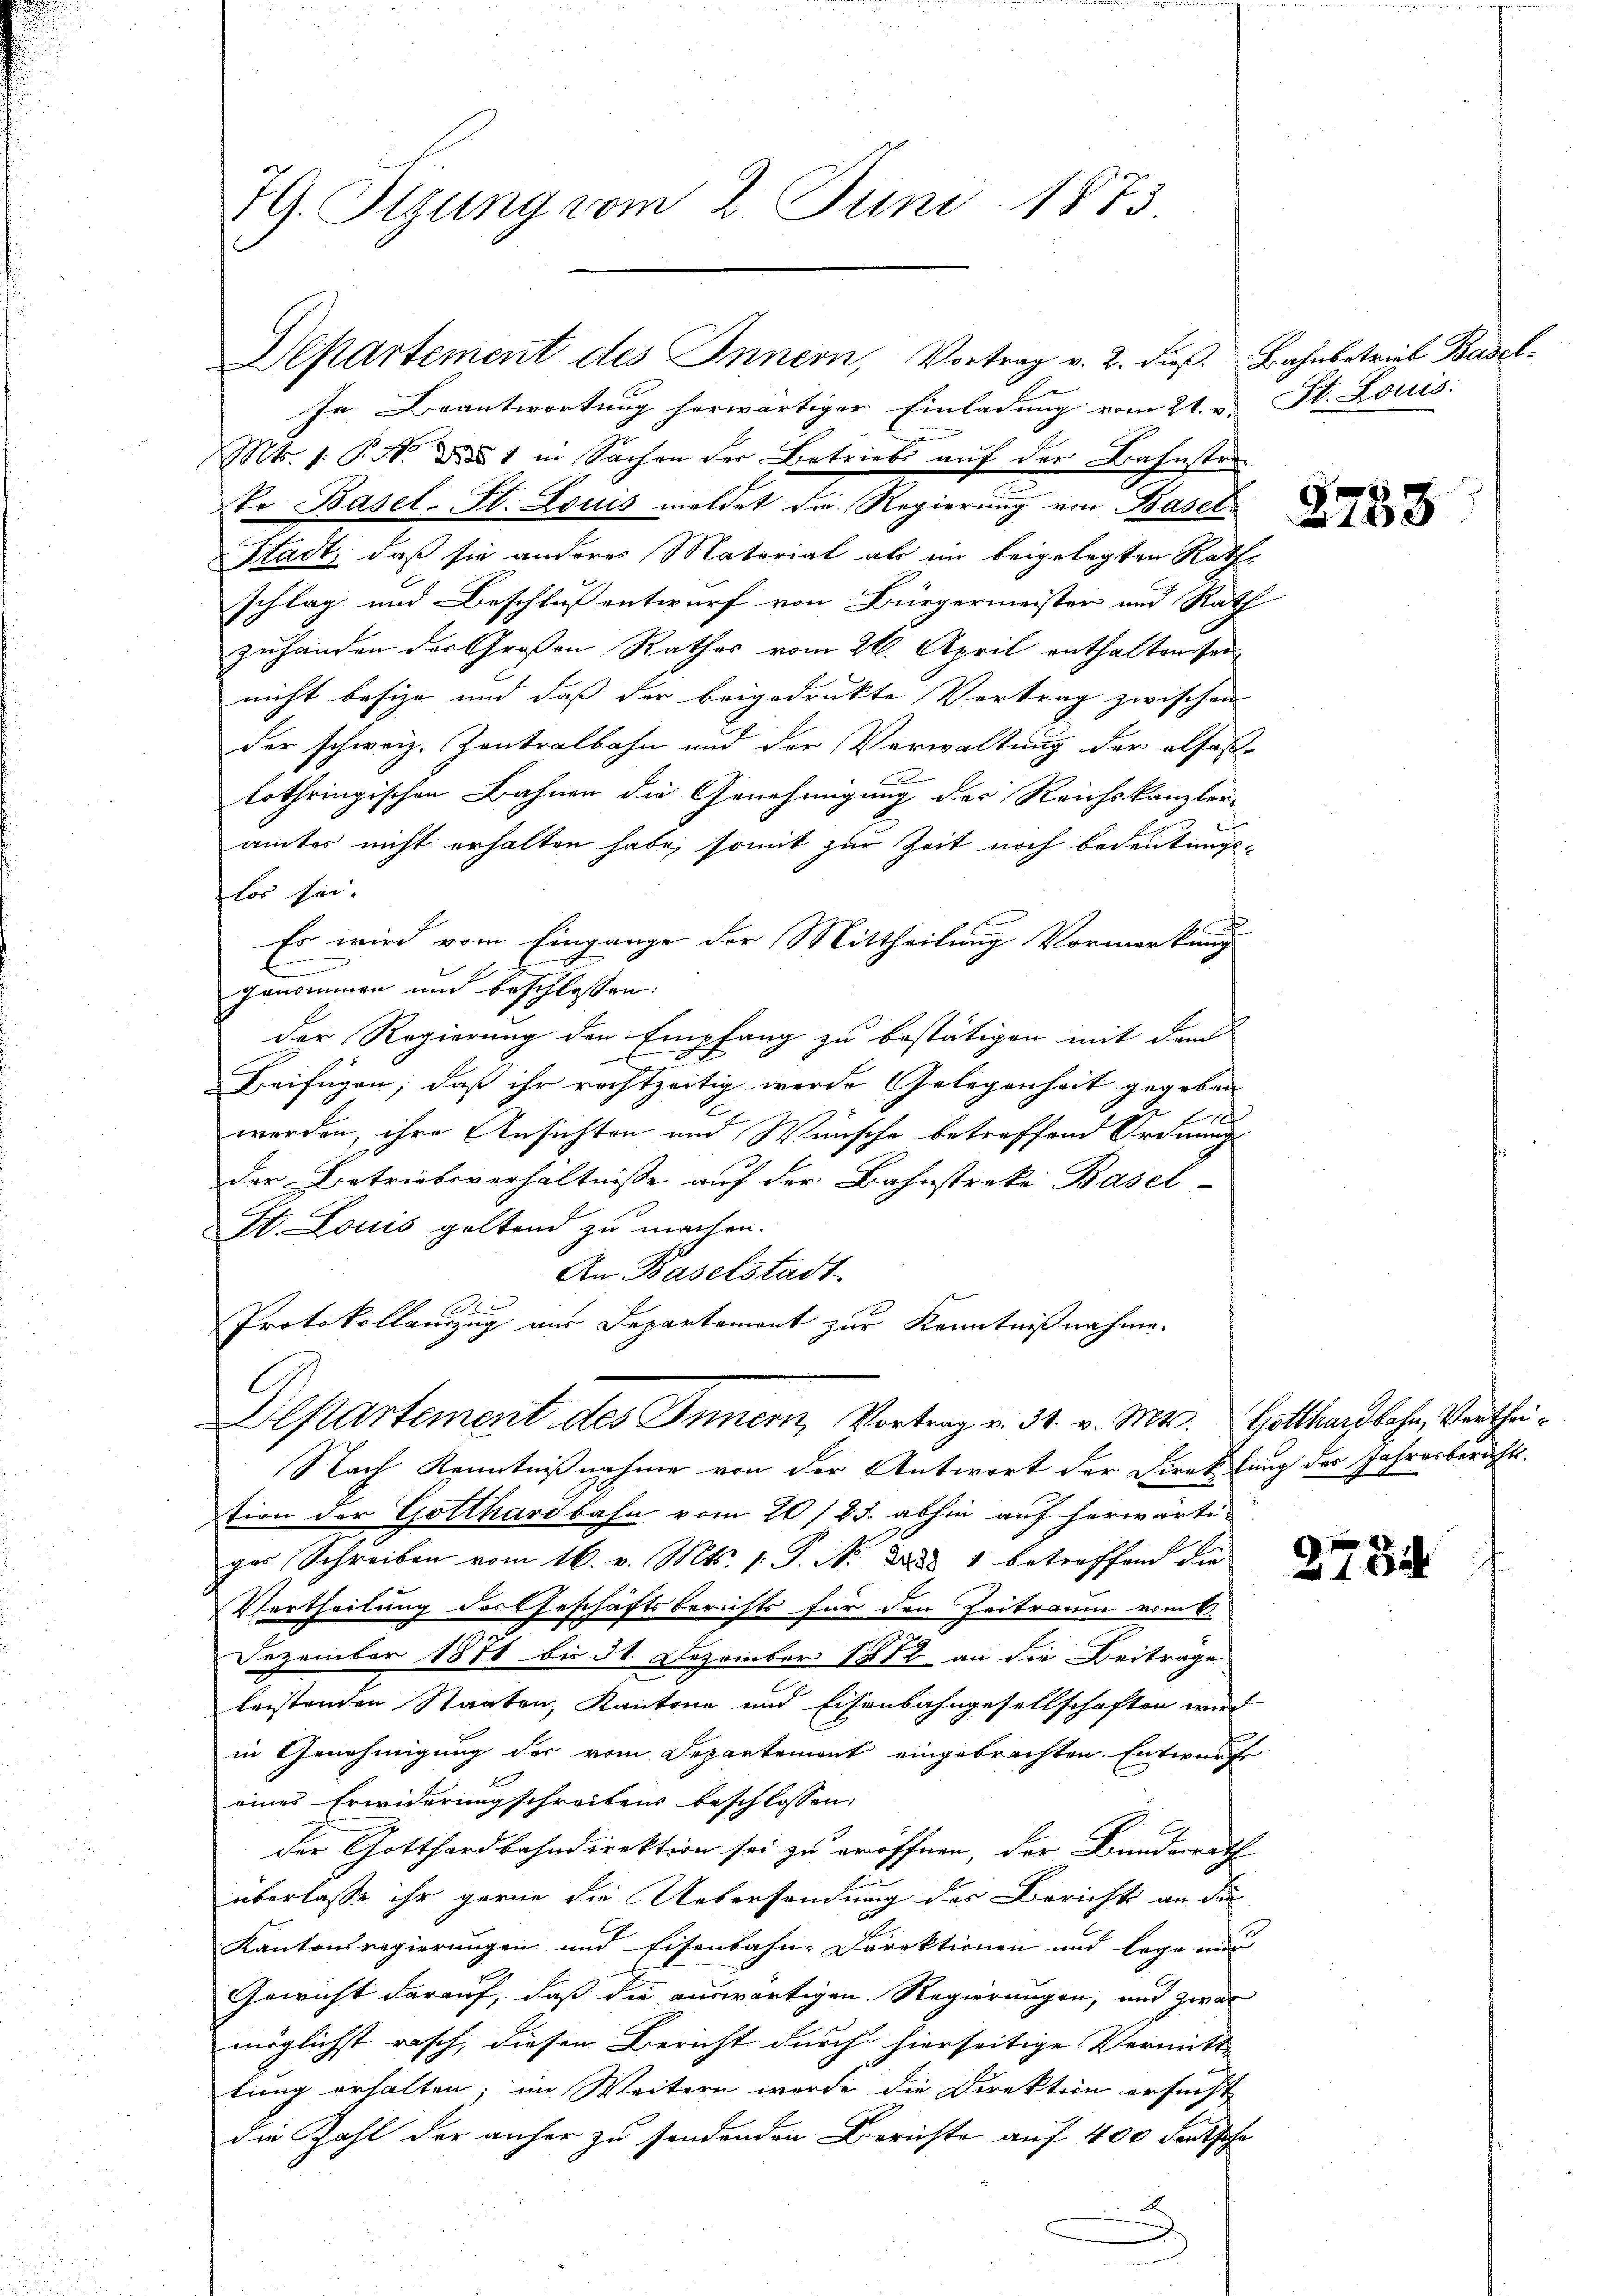
79. Sigung vom 2. Juni 1873.

Departement des Innern, Vortrag v. 2. dieβ Bahnbetrieb Basel¬
Jr. Beantwortung herwärtiger Einladung vom 21. v. St. Louis
Mts. 1. P. M. D. 1 in Sachen der Betriebs auf der Bahnstrako Basel-St. Louis meldet die Regierung von Basel
Stadt, daß sie anderes Material als ein beigelegten Rathe
schlag und Beschluß entwurf von Bürgermeister und Rath
zuhänden der Großen Rathes vom 26. April enthalten sei
nicht besize und daß der beigedrukte Vertrag zwischen
der schweiz. Zentralbahn und der Verwaltung der alfest-
lothringischen Bahnen die Genehmigung des Reichskanzler
ämter nicht erhalten habe, somit zur Zeit noch bedeutungslos sei.
Es wird vom Eingange der Mittheilung Vormerkung
.
genommen und beschlossen:
der Regierung der Empfang zu bestätigen mit dem
Beifügen, daß ihr rechtzeitig werde Gelegenheit gegeben
1
werden, ihre Ansichten und Wünsche betreffend Ordnung
der Betriebsverhältnisse auf der Bahnstreke Basel-
St. Louis geltend zu machen.
An Baselstadt.
Protokollanzug aus Departement zur Kenntnißnahme.
Departement des Innern, Vortrag v. 31. v. Mts. Gotthardbahn, Verthei¬
Nach Kenntnißnahme von der Antwort der Direktung des Jahresberichts.
tion der Gotthardbahn vom 20./23. abhin auf herwärti-
ges Schreiben vom 16. v. Mts. 1. P. Nr. Dad 1 betreffend die
Vertheilung des Geschäftsberichts für den Zeitraum vom 6.
Dezember 1878 bis 31. Dezember 1872 an die Beiträge
leistenden Staaten, Kantone und Eisenbahngesellschaften wird
in Genehmigung der vom Departement eingebrachten Entwurf
eines Erwiderung schreibens beschlossen:
der Gotthardbahndirektion sei zu eröffnen, der Bundesrath
überlasse ihr gerne die Uebersendung des Berichts an die
Kantonsregierungen und Eisenbahn-Direktionen und lege mi
Gewicht darauf, daß die auswärtigen Regierungen, und zwar
möglichst rasch, diesen Bericht durch hierseitige Vermitt
F
lung erhalten; im Weitern werde die Direktion ersucht
die Zahl der anher zu sondenden Berichte auf 400 Fortsche

2733

2784